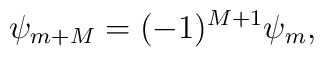
\psi_{m+M}=(-1)^{M+1}\psi_m,